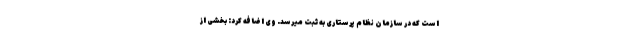
است که در سازمان نظام پرستاری به ثبت میرسد. وی اضافه کرد: بخشی از